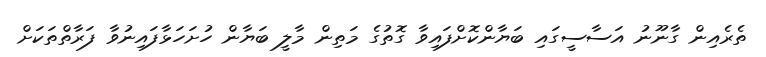
ތެރެއިން ގާނޫނު އަސާސީގައި ބަޔާންކޮށްފައިވާ ގޮތުގެ މަތިން މާލީ ބަޔާން ހުށަހަޅާފައިނުވާ ފަރާތްތަކަށް